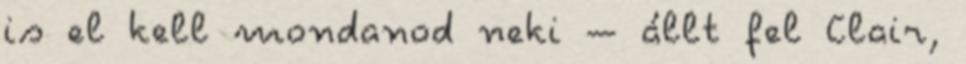
is el kell mondanod neki – állt fel Clair,